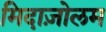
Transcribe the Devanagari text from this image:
मिदाज़ोलम